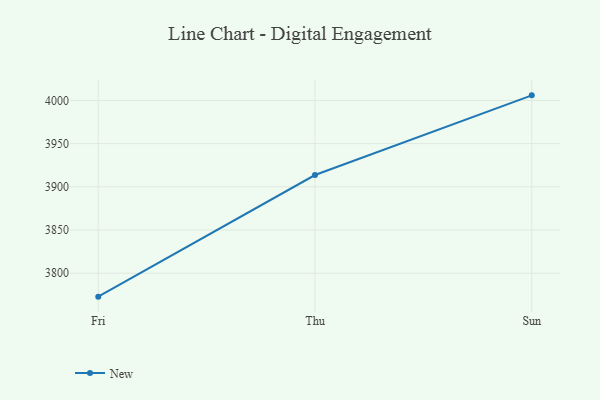
{"axis": {"x": "Day", "y": "Headcount"}, "legend": ["New"], "data": [{"x": "Fri", "y": 3772.9, "type": "New"}, {"x": "Thu", "y": 3913.7, "type": "New"}, {"x": "Sun", "y": 4005.9, "type": "New"}]}